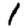
Digit: 1